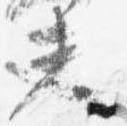
夫